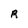
Character: R